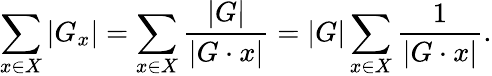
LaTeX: \sum_{x\in X}|G_{x}|=\sum_{x\in X}{\frac{|G|}{|G\cdot x|}}=|G|\sum_{x\in X}{\frac{1}{|G\cdot x|}}.